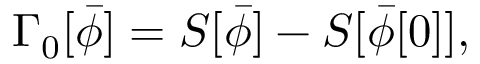
\Gamma _ { 0 } [ \bar { \phi } ] = S [ \bar { \phi } ] - S [ \bar { \phi } [ 0 ] ] ,